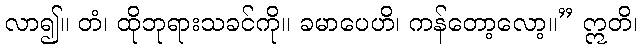
လာ၍။ တံ၊ ထိုဘုရားသခင်ကို။ ခမာပေဟိ၊ ကန်တော့လော့။” ဣတိ၊